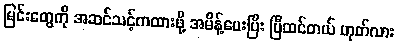
မြင်းတွေကို အဆင်သင့်ကထားဖို့ အမိန့်ပေးပြီး ပြီထင်တယ် ဟုတ်လား